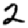
Digit: 2